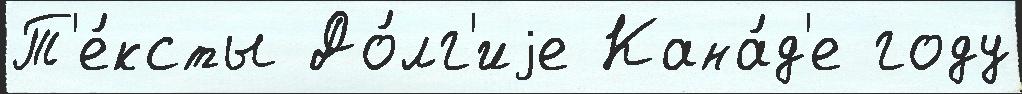
Т'е́ксты До́лг'иjе Кана́д'е году